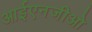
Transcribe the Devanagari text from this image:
आईएनजीओ